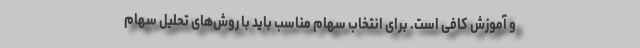
و آموزش کافی است. برای انتخاب سهام مناسب باید با روش‌های تحلیل سهام